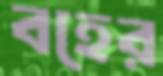
বহের